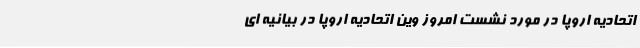
اتحادیه اروپا در مورد نشست امروز وین اتحادیه اروپا در بیانیه‌ ای